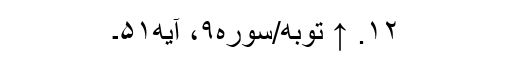
۱۲. ↑ توبه/سوره۹، آیه۵۱۔